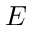
E